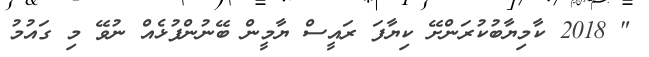
" 2018 ކާމިޔާބުކުރަންށޭ ކިޔާފަ ރައީސް ޔާމީން ބޭނުންފުޅެއް ނުވޭ މި ގައުމު